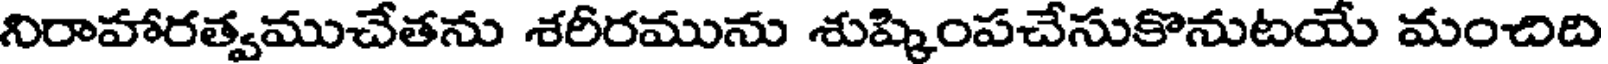
నిరాహారత్వముచేతను శరీరమును శుష్కింపచేసుకొనుటయే మంచిది